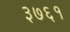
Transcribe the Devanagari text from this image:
३७६१